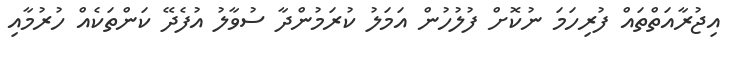
އިޖުރާއަތްތައް ފުރިހަމަ ނުކޮށް ފުލުހުން އަމަލު ކުރަމުންދާ ސުވާލު އުފެދޭ ކަންތަކެއް ހުރުމާއިި